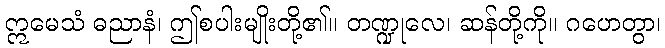
ဣမေသံ ဓညာနံ၊ ဤစပါးမျိုးတို့၏။ တဏ္ဍုလေ၊ ဆန်တို့ကို။ ဂဟေတွာ၊